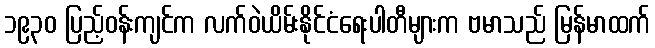
၁၉၃၀ ပြည့်ဝန်းကျင်က လက်ဝဲယိမ်းနိုင်ငံရေးပါတီများက ဗမာသည် မြန်မာထက်